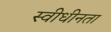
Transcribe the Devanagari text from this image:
स्वीधीनता